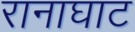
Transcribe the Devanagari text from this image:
रानाघाट